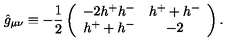
\hat { g } _ { \mu \nu } \equiv - \frac 1 2 \left( \begin{array} { c c } { - 2 h ^ { + } h ^ { - } } & { h ^ { + } + h ^ { - } } \\ { h ^ { + } + h ^ { - } } & { - 2 } \\ \end{array} \right) .